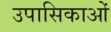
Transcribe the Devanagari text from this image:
उपासिकाओं